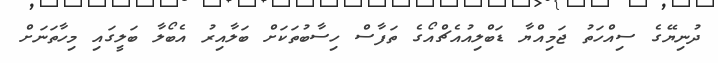
ދުނިޔޭގެ ސިއްހަތު ޖަމިއްޔާ ޑަބްލިއުއެޗްއޯގެ ތަފާސް ހިސާބުތަކަށް ބަލާއިރު އެބޯލާ ބަލީގައި މިހާތަނަށް